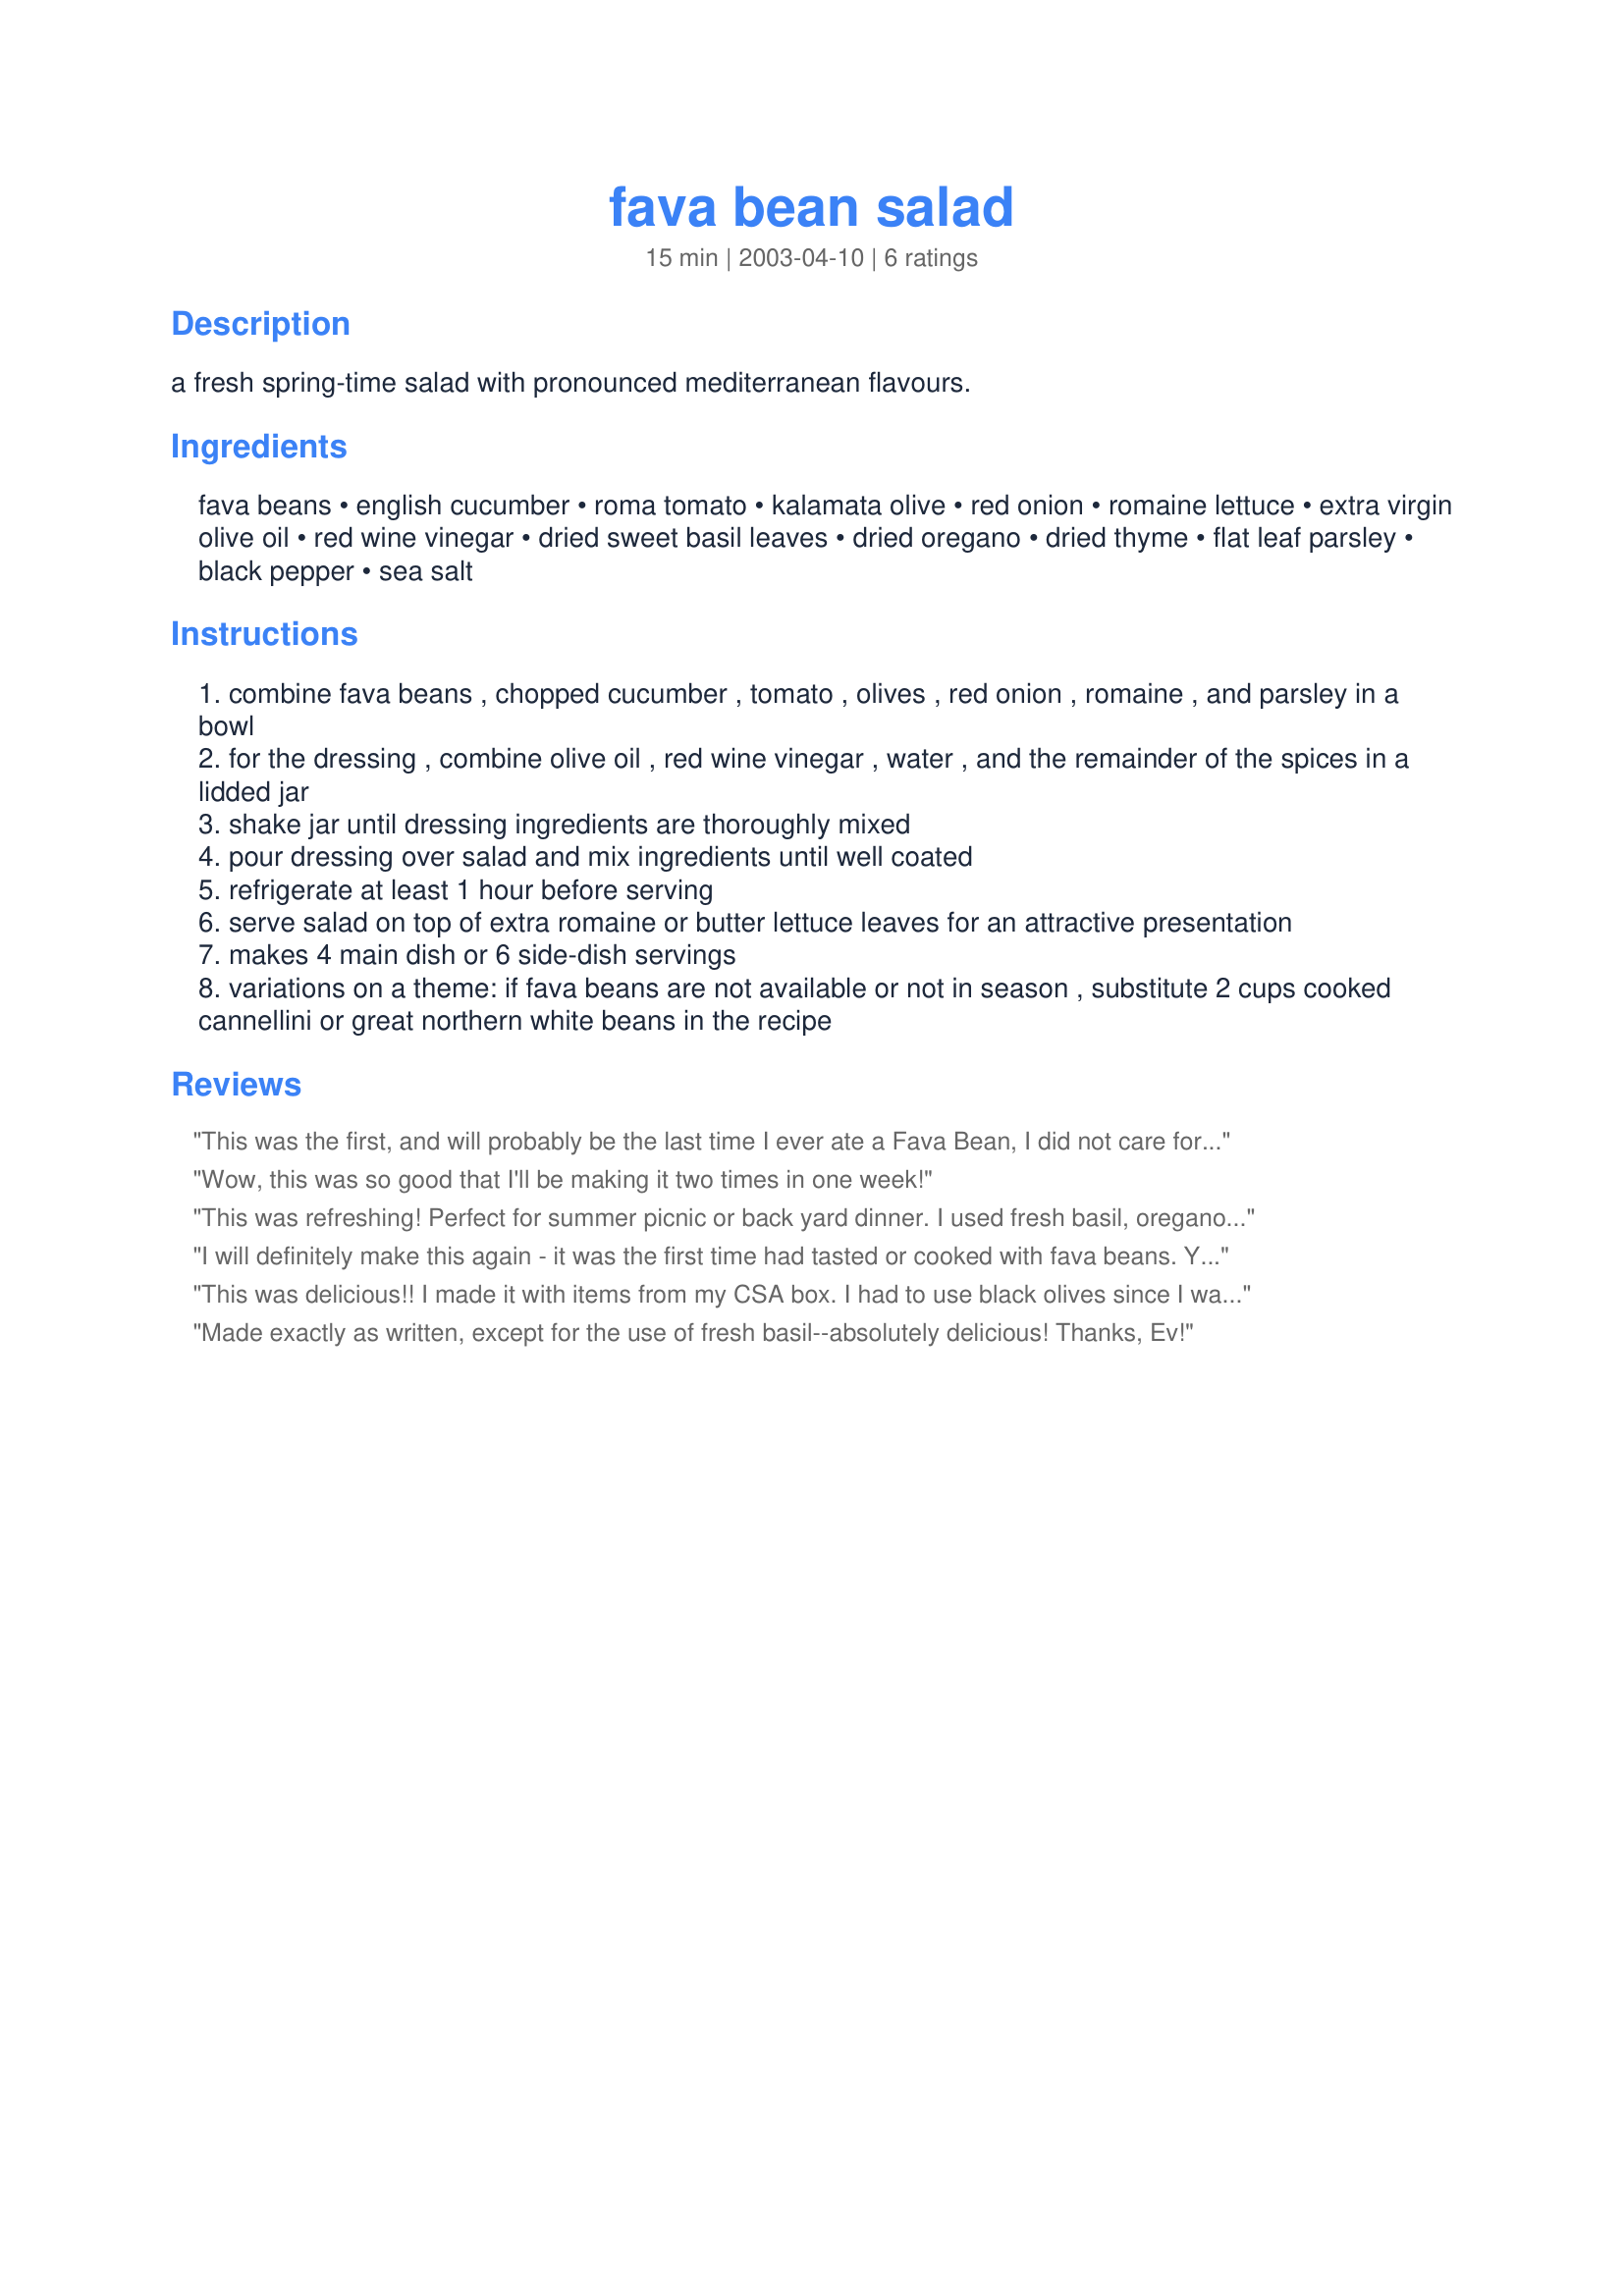
fava bean salad
Preparation time: 15 minutes

a fresh spring-time salad with pronounced mediterranean flavours.

Ingredients:
fava beans, english cucumber, roma tomato, kalamata olive, red onion, romaine lettuce, extra virgin olive oil, red wine vinegar, dried sweet basil leaves, dried oregano, dried thyme, flat leaf parsley, black pepper, sea salt

Steps:
combine fava beans , chopped cucumber , tomato , olives , red onion , romaine , and parsley in a bowl
for the dressing , combine olive oil , red wine vinegar , water , and the remainder of the spices in a lidded jar
shake jar until dressing ingredients are thoroughly mixed
pour dressing over salad and mix ingredients until well coated
refrigerate at least 1 hour before serving
serve salad on top of extra romaine or butter lettuce leaves for an attractive presentation
makes 4 main dish or 6 side-dish servings
variations on a theme: if fava beans are not available or not in season , substitute 2 cups cooked cannellini or great northern white beans in the recipe

Reviews:
This was the first, and will probably be the last time I ever ate a Fava Bean, I did not care for them at all, so next time I make this recipe I will make it with Lima Beans instead. Other than that the flavor and texture of the salad was good...and will try it again.
Wow, this was so good that I'll be making it two times in one week!
This was refreshing! Perfect for summer picnic or back yard dinner. I used fresh basil, oregano, thyme.
I will definitely make this again - it was the first time had tasted or cooked with fava beans. Yum! I used fresh ones from the farmer's market - I also used fresh tomatoes, parsley, thyme & oregano from my own garden. I only chilled it for 10 minutes - I think an hour would make the romaine quite soggy - it tasted great as is. Maybe I'll add some feta cheese next time!
This was delicious!! I made it with items from my CSA box. I had to use black olives since I was out of Kalamata, but it was still good!! Next time I think I will mix up everything except the lettuce so that I can make leftovers easier. The lettuce was soggy and wilty when leftover.... but still good!! I did top mine with pink shrimp mean and feta for dinner and just ate it plain for lunch the next day! Will be making again soon!! Always looking for new ways to use those Fava beans!! :-)
Made exactly as written, except for the use of fresh basil--absolutely delicious! Thanks, Ev!
